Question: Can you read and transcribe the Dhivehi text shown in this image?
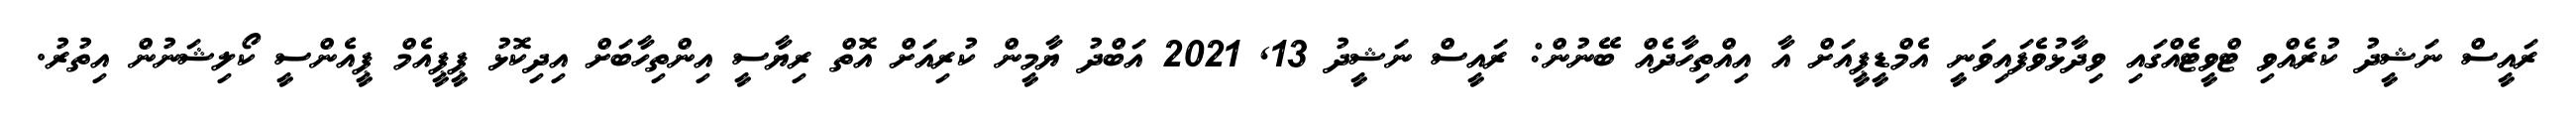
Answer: ރައީސް ނަޝީދު ކުރެއްވި ޓްވީޓެއްގައި ވިދާޅުވެފައިވަނީ އެމްޑީޕީއަށް އާ އިއްތިހާދެއް ބޭނުން: ރައީސް ނަޝީދު 13, 2021 އަބްދު ޔާމީން ކުރިއަށް އޮތް ރިޔާސީ އިންތިހާބަށް އިދިކޮޅު ޕީޕީއެމް ޕީއެންސީ ކޯލިޝަނުން އިތުރު.